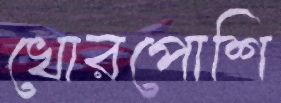
খোরপোশি